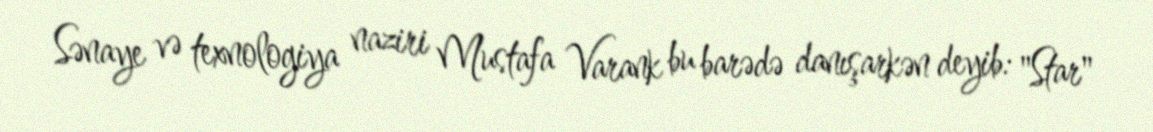
Sənaye və texnologiya naziri Mustafa Varank bu barədə danışarkən deyib: "Star"